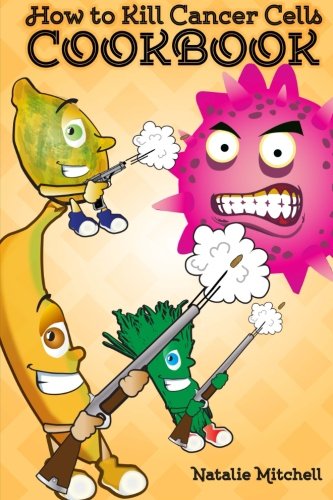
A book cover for How To Kill Cancer Cells Cookbook; Natalie Mitchell; Cookbooks, Food & Wine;